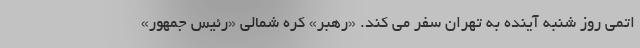
اتمی روز شنبه آینده به تهران سفر می کند. «رهبر» کره شمالی «رئیس جمهور»